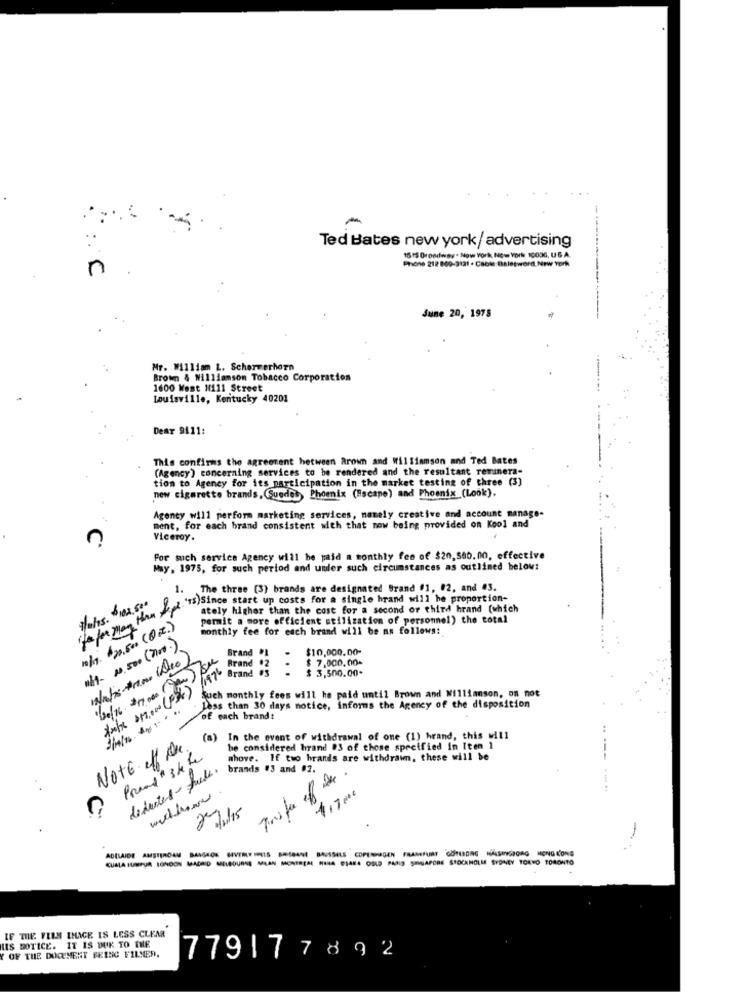
-
Ted Bates new york/ advertising
1515 Drondway . Now York, New York 10006, US.A.
n
Phone 212 809-3121 - Csowe Baletword, NEW York
June 20, 1975
Mr. William L. Schermerhorn
Brown & Williamson Tobacco Corporation
1600 West H111 Street
Louisville, Kentucky 40201
Dear 9111:
This confirms the agreement between Arown and Williamson and Ted Bates
(Agency) concerning services to be rendered and the resultant remunera-
tion to Agency for its participation in the market testing of three (3)
new cigarette brands, Quedes, Phoenix (Escape) and Phoenix (Look).
Agency will perform marketing services, namely creative and account manage-
ment, for each brand consistent with that now being provided on Kool and
Viceroy.
For such service Agency will be paid a monthly fee of $20,500.00, effective
May, 1975, for such period and umler such circumstances as outlined below:
1.
The three (3) brands are designated Brand #1, 02, and #3.
/a/s. 102.500
in for men than ately start up costs for a simple hpand will he proport
ately higher than the cost for a second or third hrand (which
permit a more efficient utilization of personnel) the total
10 /n. $20.500 ( 2. )
monthly fee for each brand will be as follows:
mit- 10.500 (nr. )
$10,000.00-
$ 7,000.00-
Brand 42 -
$ 3,500.00*
Brand #3
120/16 217 000
Axfx 017.000 (Fx)
Such monthly fees will he paid until Brown and Williamson, on not
Less than 30 days notice, informs the Agency of the disposition
of each brandt
(a)
In the event of withdrawal of one (1) hrand, this will
NOTE off De.
be considered hrand @3 of those specified in Iten 1
whove. If two brands are withdrawn, these will be
deducted- full.
brands #3 and 02.
----- ---
27.15
IF THE FILM IMAGE IS LESS CLEAR
HIS EOTICE. IT IS DUK TO THE
OF THE DOCUMENT FRING FILMER.
779177892